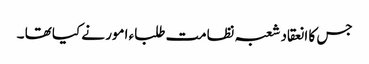
جس کا انعقاد شعبہ نظامت طلباء امور نے کیا تھا ۔